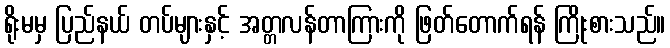
ရိုးမမှ ပြည်နယ် တပ်များနှင့် အတ္တလန်တာကြားကို ဖြတ်တောက်ရန် ကြိုးစားသည်။